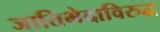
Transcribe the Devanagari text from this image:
जातिभेदाविरुद्ध